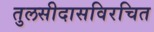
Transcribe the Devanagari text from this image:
तुलसीदासविरचित